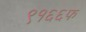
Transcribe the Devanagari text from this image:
९१६६फ